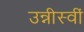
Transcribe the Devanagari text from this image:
उन्नीस्वीं